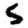
Digit: 5